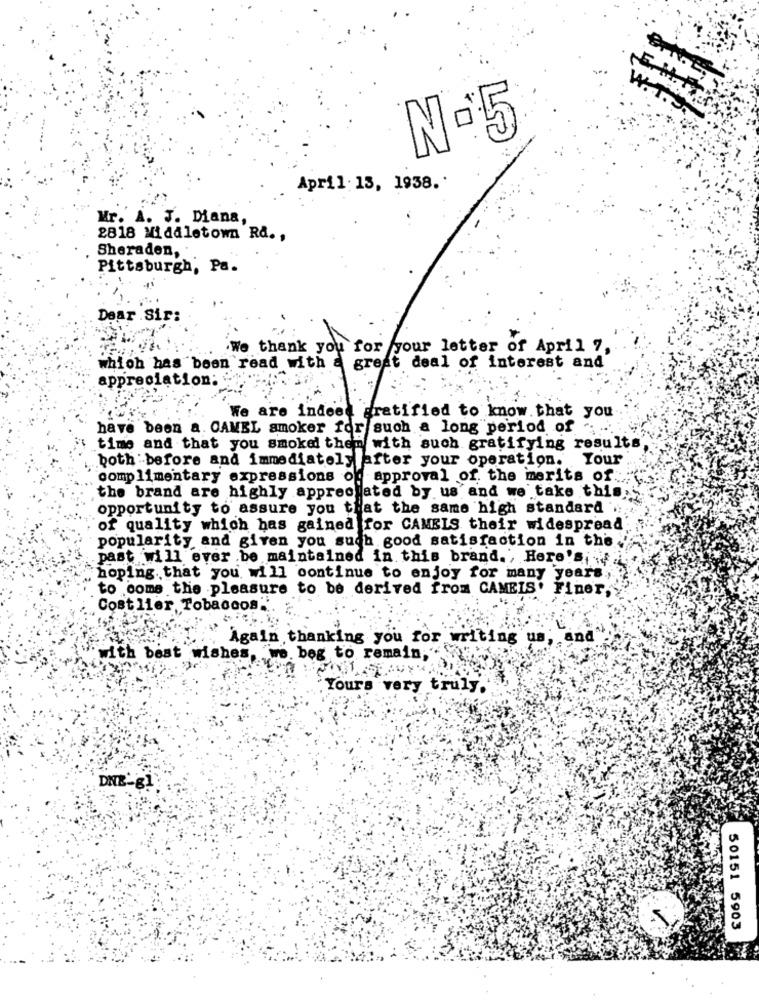
E.M. F
No5
April:15, 1938.'
Mr. A. J. Diana
2818 Middletown Rd .,
Sheraden,
Pittsburgh, Pa.
Dear Sir:
.We thank you for your letter of April 7,
which has been read with a great deal of interest and
appreciation:
We are indeed gratified to know that you
have been a. CAMEL smoker for such a long period of ; ...
time and that you smoked them with such gratifying results
both before and immediately after your operation. Your
complimentary expressions of approval of the merits of.
the brand are highly appreciated by us and we take this,
opportunity to assure you that the same high standard
of quality which has gained for CAMELS their widespread
popularity and given you such good satisfaction in the .'
past will ever be maintained in this brand. , Here's ..
hoping. that you will continue to enjoy for many years
to come the pleasure to be derived from CAMEIS' Finer,
Cost lier, Tobaccos.'
Again thanking you for writing us, and
with best wishes, we. beg to remain,"
Yours very truly.'
DNE-g1
50151 5903